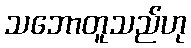
သဘောတူသည်ဟု